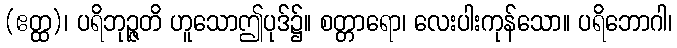
(ဧတ္ထ)၊ ပရိဘုဉ္ဇတိ ဟူသောဤပုဒ်၌။ စတ္တာရော၊ လေးပါးကုန်သော။ ပရိဘောဂါ၊